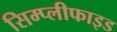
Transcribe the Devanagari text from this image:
सिम्प्लीफाइड